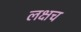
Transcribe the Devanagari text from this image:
लक्षच